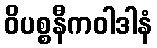
ဝိပစ္စနီကဝါဒါနံ